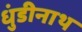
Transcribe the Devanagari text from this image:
धुंडीनाथ